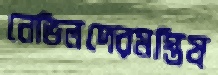
নেভিলদেরমস্তিষ্